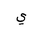
Letter: _ya